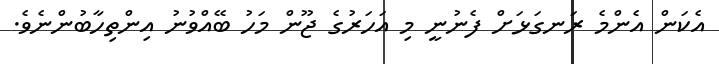
އެކަން އެންމެ ރަނގަޅަށް ފެނުނީ މި އަހަރުގެ ޖޫން މަހު ބޭއްވުނު އިންތިހާބުންނެވެ.